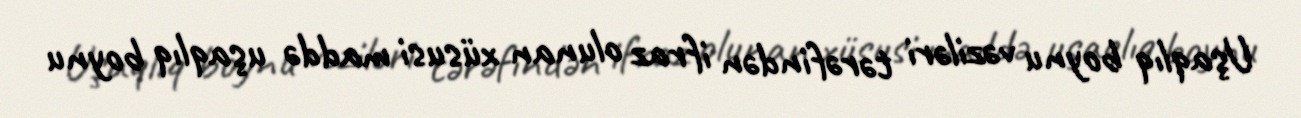
Uşaqlıq boynu vəziləri tərəfindən ifraz olunan xüsusi maddə uşaqlıq boynu